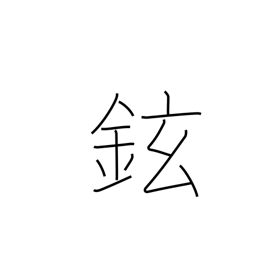
Meaning: handle